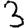
Digit: 3